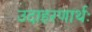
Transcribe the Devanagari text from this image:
उदाहरणार्थः